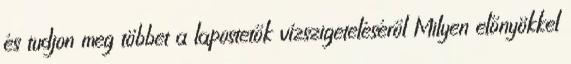
és tudjon meg többet a lapostetők vízszigeteléséről Milyen előnyökkel